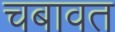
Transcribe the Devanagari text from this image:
चबावत